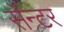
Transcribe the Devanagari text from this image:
सॅन्टर